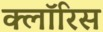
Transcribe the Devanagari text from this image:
क्लॉरिस